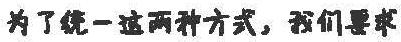
为了统一这两种方式，我们要求